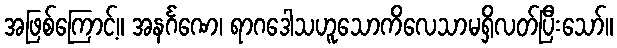
အဖြစ်ကြောင့်။ အနင်္ဂဏေ၊ ရာဂဒေါသဟူသောကိလေသာမရှိလတ်ပြီးသော်။